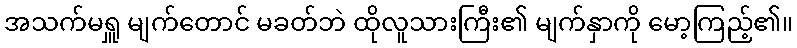
အသက်မရှူ မျက်တောင် မခတ်ဘဲ ထိုလူသားကြီး၏ မျက်နှာကို မော့ကြည့်၏။